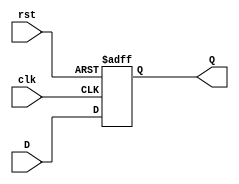
module stage_register #(
    parameter WIDTH = 8  // Parameter to define the width of the register
)(
    input wire clk,       // Clock signal
    input wire rst,       // Asynchronous reset signal
    input wire [WIDTH-1:0] D,  // Data input
    output reg [WIDTH-1:0] Q   // Data output
);

    // Asynchronous reset and synchronous data capture
    always @(posedge clk or posedge rst) begin
        if (rst) begin
            Q <= {WIDTH{1'b0}};  // Reset Q to 0
        end else begin
            Q <= D;              // Capture D at the rising edge of clk
        end
    end

endmodule